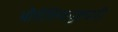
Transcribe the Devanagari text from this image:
भौगोलिकदृष्ट्याही